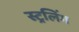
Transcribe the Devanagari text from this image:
स्ट्रलिंग